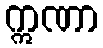
ဣဏာ